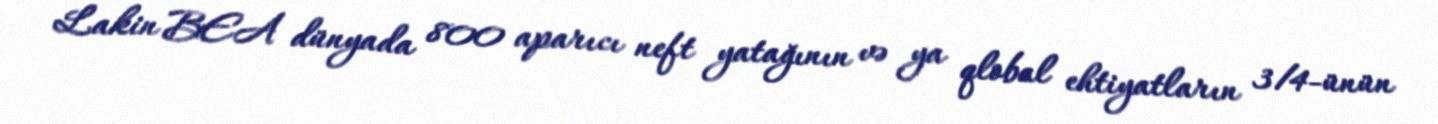
Lakin BEA dünyada 800 aparıcı neft yatağının və ya qlobal ehtiyatların 3/4-ünün